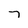
Character: 7